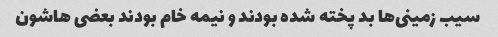
سیب زمینی‌ها بد پخته شده بودند و نیمه خام بودند بعضی هاشون